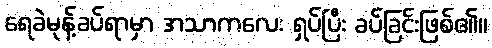
ရေခဲမုန့်ခပ်ရာမှာ အသာကလေး ရှပ်ပြီး ခပ်ခြင်းဖြစ်၏။